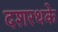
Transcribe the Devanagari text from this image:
दशरथके